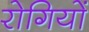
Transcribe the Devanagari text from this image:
रोगियों